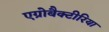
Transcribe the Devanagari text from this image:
एग्रोबैक्टीरिया